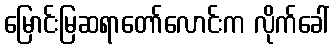
မြောင်းမြဆရာတော်လောင်းက လိုက်ခေါ်